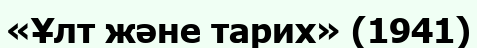
«Ұлт және тарих» (1941)